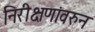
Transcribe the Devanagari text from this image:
निरीक्षणांवरुन